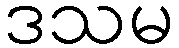
ဒသမ